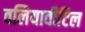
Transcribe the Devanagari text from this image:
वलियावीटिल